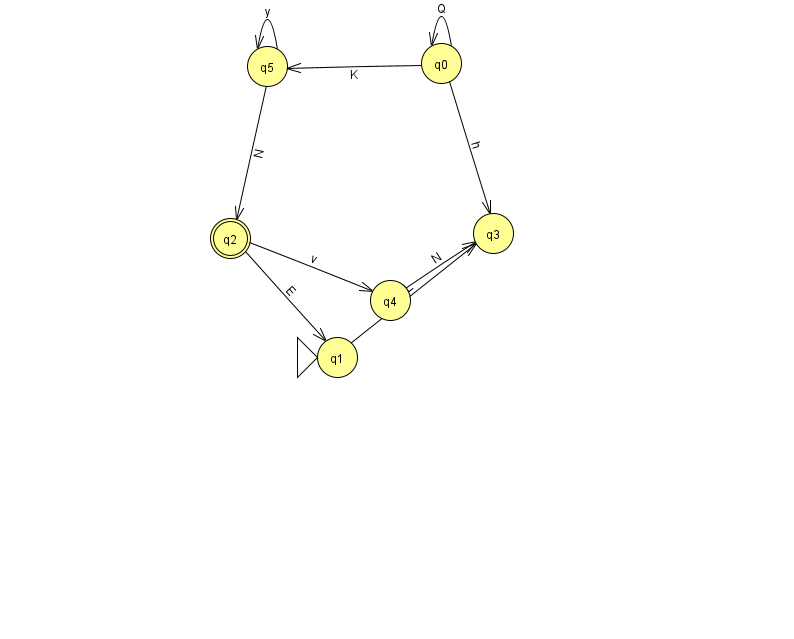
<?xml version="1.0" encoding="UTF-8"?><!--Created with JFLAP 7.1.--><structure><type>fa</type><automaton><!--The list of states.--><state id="0" name="q0"><x>441.0</x><y>50.0</y></state><state id="1" name="q1"><x>337.0</x><y>344.0</y><initial/></state><state id="2" name="q2"><x>230.0</x><y>225.0</y><final/></state><state id="3" name="q3"><x>493.0</x><y>220.0</y></state><state id="4" name="q4"><x>390.0</x><y>287.0</y></state><state id="5" name="q5"><x>267.0</x><y>53.0</y></state><!--The list of transitions.--><transition><from>0</from><to>5</to><read>K</read></transition><transition><from>0</from><to>0</to><read>Q</read></transition><transition><from>4</from><to>3</to><read>N</read></transition><transition><from>2</from><to>4</to><read>v</read></transition><transition><from>2</from><to>1</to><read>E</read></transition><transition><from>5</from><to>5</to><read>y</read></transition><transition><from>0</from><to>3</to><read>h</read></transition><transition><from>1</from><to>3</to><read>L</read></transition><transition><from>5</from><to>2</to><read>N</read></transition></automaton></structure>